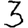
Digit: 3